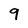
Character: 9